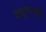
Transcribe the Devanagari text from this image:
ट्यूमरची